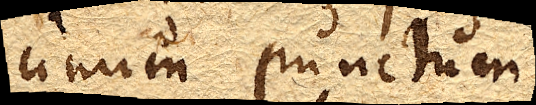
unum punctum.